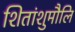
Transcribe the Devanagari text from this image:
शितांशुमौलि